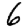
Digit: 6